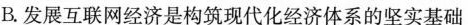
B. 发展互联网经济是构筑现代化经济体系的坚实基础